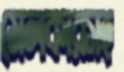
মেলকারসহ